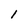
Character: 1